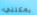
يمكنني